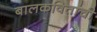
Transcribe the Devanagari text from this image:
बालकवितांची